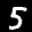
Label: 5